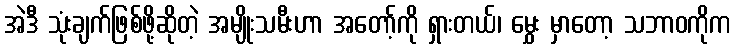
အဲဒီ သုံးချက်ဖြစ်ဖို့ဆိုတဲ့ အမျိုးသမီးဟာ အတော့်ကို ရှားတယ်၊ မွှေး မှာတော့ သဘာဝကိုက